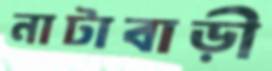
নাটাবাড়ী